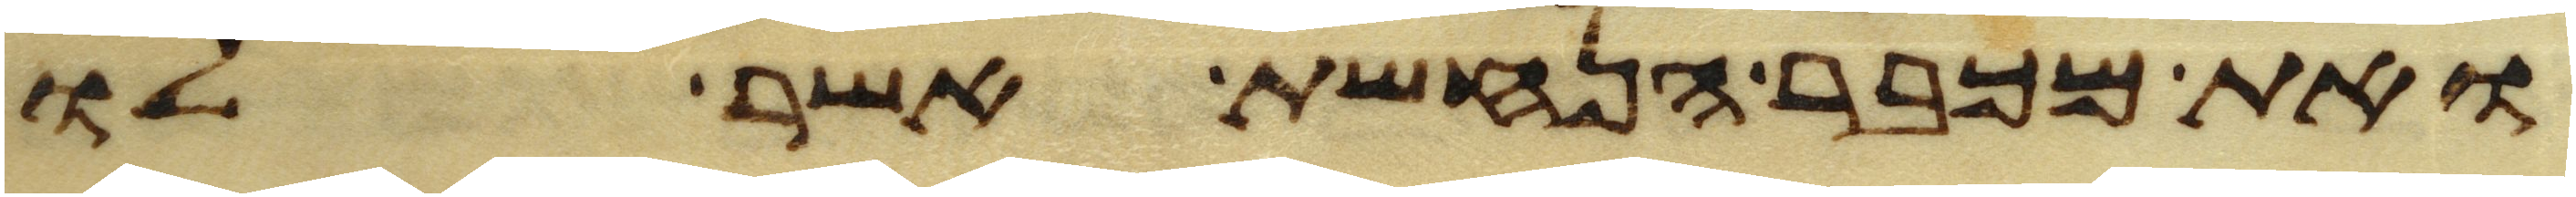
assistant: ואת מכבר הנחשת אשר לו